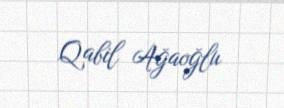
Qabil Ağaoğlu